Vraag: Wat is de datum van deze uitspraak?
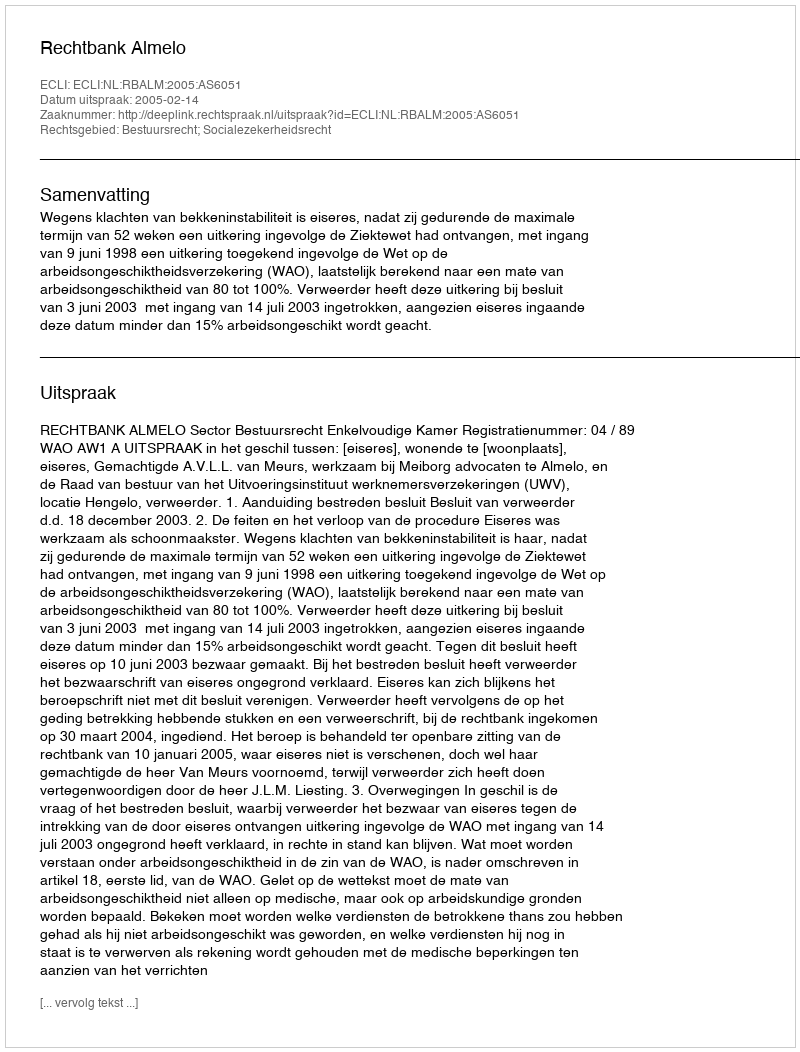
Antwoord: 2005-02-14